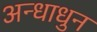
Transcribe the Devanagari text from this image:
अन्धाधुन